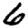
Digit: 6